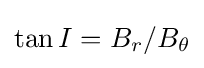
\tan I=B_{r}/B_{\theta }